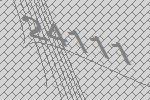
24111